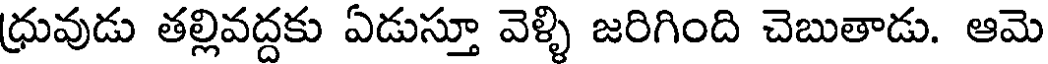
ధ్రువుడు తల్లివద్దకు ఏడుస్తూ వెళ్ళి జరిగింది చెబుతాడు. ఆమె